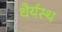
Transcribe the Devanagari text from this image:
धैर्यस्थ